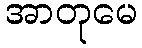
အာတုမေ